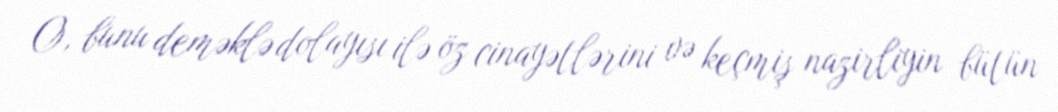
O, bunu deməklə dolayısı ilə öz cinayətlərini və keçmiş nazirliyin bütün